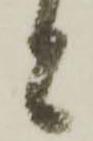
と